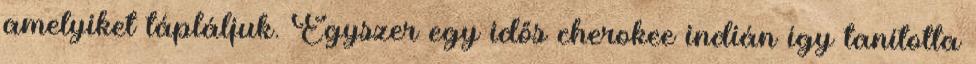
amelyiket tápláljuk. Egyszer egy idős cherokee indián így tanította